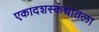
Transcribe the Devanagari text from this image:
एकादशस्‍कंधातला